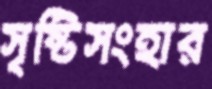
সৃষ্টিসংহার